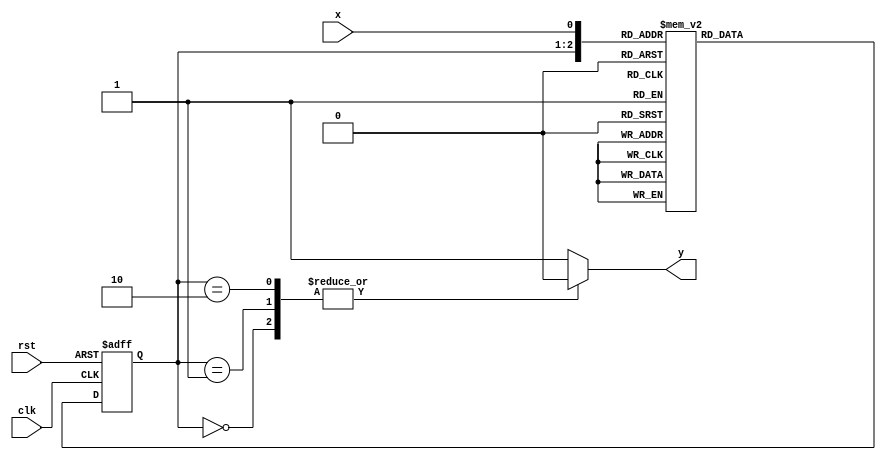
module mooreexample(clk,rst,x,y);
	input clk,rst,x;
	output y;
	reg y;
	reg [1:0]state,nextstate;
	//memory element
	always@(posedge clk or negedge rst)begin
		if(rst==1'b0) state=2'b00;
		else state=nextstate;
	end
	//next state logic
	always@(state or x)begin
		case({state,x})
			3'b000:nextstate=2'b00;
			3'b001:nextstate=2'b01;
			3'b010:nextstate=2'b01;
			3'b011:nextstate=2'b10;
			3'b100:nextstate=2'b10;
			3'b101:nextstate=2'b11;
			3'b110:nextstate=2'b11;
			3'b111:nextstate=2'b00;
		endcase
	end
	//output logic
	always@(state)begin
		case(state)
			2'b00:y=0;
			2'b01:y=0;
			2'b10:y=0;
			default:y=1;
		endcase
	end
	
endmodule